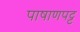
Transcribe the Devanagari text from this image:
पाषाणपट्ट